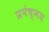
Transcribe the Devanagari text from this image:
प्रपंच्मय